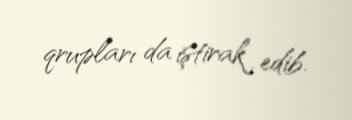
qrupları da iştirak edib.